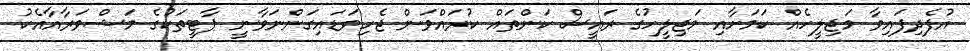
އުފެދިފައިވާ މަޖިލީހެއް ކަމަށާއި މަޖިލީހުގެ ރައީސް ކަންތައް ކުރައްވަން ޖެހިވަޑައިގަންނަވާނީ ޕާޓީތަކުގެ މަޝްވަރާއާއެކު